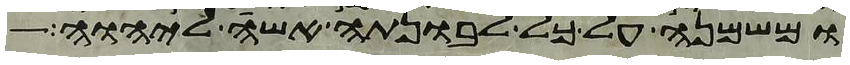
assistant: ומשמנה על כל לבונתה אשה ליהוה